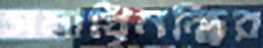
সমাধিমন্দির